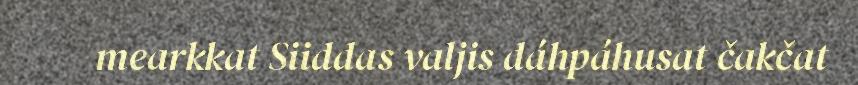
mearkkat Siiddas valjis dáhpáhusat čakčat